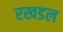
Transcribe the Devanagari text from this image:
रखडल